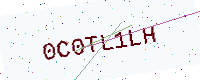
Text: 0C0TL1LH